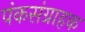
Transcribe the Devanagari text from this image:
पंकसंग्राहक